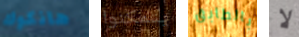
هانكوك يتمكنوا بالطابق لا